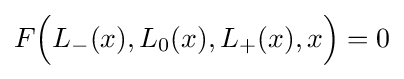
F{\Big (}L_{-}(x),L_{0}(x),L_{+}(x),x{\Big )}=0